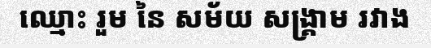
ឈ្មោះ រួម នៃ សម័យ សង្គ្រាម រវាង